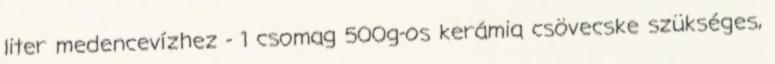
liter medencevízhez - 1 csomag 500g-os kerámia csövecske szükséges,